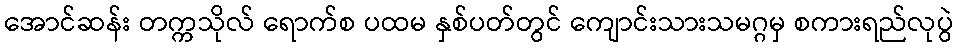
အောင်ဆန်း တက္ကသိုလ် ရောက်စ ပထမ နှစ်ပတ်တွင် ကျောင်းသားသမဂ္ဂမှ စကားရည်လုပွဲ